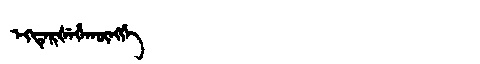
Manchu: ᡝᡴᡨᡝᡵᡧᡝᡥᠠᡴᡡᠩᡤᡝ
Romanization: EKTERŠEHAKŪNGGE